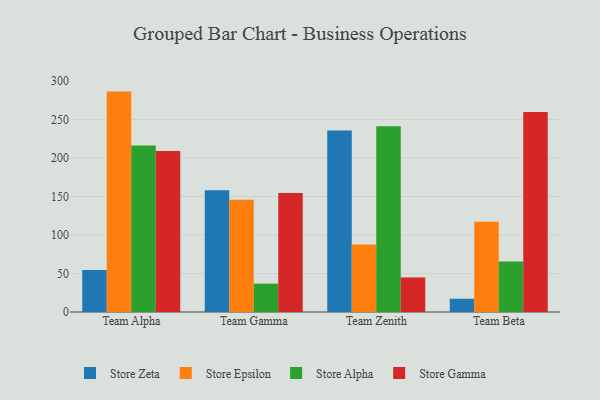
{"axis": {"x": "Team", "y": "Budget (USD K)"}, "legend": ["Store Alpha", "Store Epsilon", "Store Gamma", "Store Zeta"], "data": [{"x": "Team Alpha", "y": 54.6, "type": "Store Zeta"}, {"x": "Team Alpha", "y": 286.2, "type": "Store Epsilon"}, {"x": "Team Alpha", "y": 216.2, "type": "Store Alpha"}, {"x": "Team Alpha", "y": 209.0, "type": "Store Gamma"}, {"x": "Team Gamma", "y": 158.2, "type": "Store Zeta"}, {"x": "Team Gamma", "y": 145.6, "type": "Store Epsilon"}, {"x": "Team Gamma", "y": 36.8, "type": "Store Alpha"}, {"x": "Team Gamma", "y": 154.5, "type": "Store Gamma"}, {"x": "Team Zenith", "y": 235.8, "type": "Store Zeta"}, {"x": "Team Zenith", "y": 87.5, "type": "Store Epsilon"}, {"x": "Team Zenith", "y": 241.1, "type": "Store Alpha"}, {"x": "Team Zenith", "y": 44.9, "type": "Store Gamma"}, {"x": "Team Beta", "y": 17.2, "type": "Store Zeta"}, {"x": "Team Beta", "y": 117.2, "type": "Store Epsilon"}, {"x": "Team Beta", "y": 65.7, "type": "Store Alpha"}, {"x": "Team Beta", "y": 259.6, "type": "Store Gamma"}]}